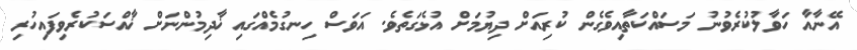
އޭނާއާ ހަވާލުކުރެވުނު މަސައްކަތާއިވެގެން ކުރިއަށް ދިޔުމަށް އުޅެގަތެވެ. އަވަސް ހިނގުމެއްގައި ޚާދިމުންނަށް ޚާއްސަކުރެވިފައިހުރި